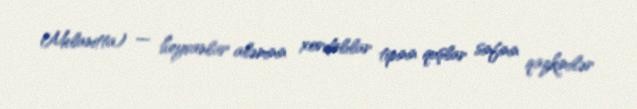
Melanitta) — heyvanlar aləminin xordalılar tipinin quşlar sinfinin qazkimilər